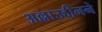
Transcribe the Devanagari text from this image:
अल्लाउद्दीनने